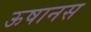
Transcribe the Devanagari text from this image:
ऊषानस